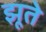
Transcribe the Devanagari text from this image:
झूते